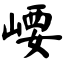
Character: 崾